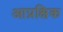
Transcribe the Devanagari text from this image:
आप्रक्षिक